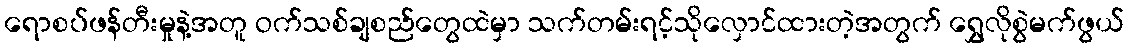
ရောစပ်ဖန်တီးမှုနဲ့အတူ ဝက်သစ်ချစည်တွေထဲမှာ သက်တမ်းရင့်သိုလှောင်ထားတဲ့အတွက် ရွှေလိုစွဲမက်ဖွယ်